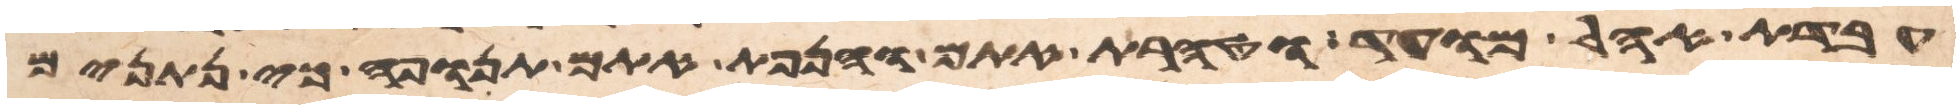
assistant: עבדת אהל מועד וטהרת אתם והנפת אתם תנופה כי נתנים